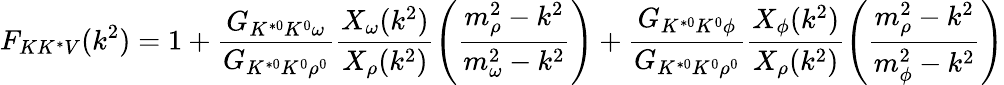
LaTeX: F_{KK^{*}V}(k^{2})=1+{\frac{G_{K^{*0}K^{0}\omega}}{G_{K^{*0}K^{0}\rho^{0}}}}{\frac{X_{\omega}(k^{2})}{X_{\rho}(k^{2})}}\Biggl({\frac{m_{\rho}^{2}-k^{2}}{m_{\omega}^{2}-k^{2}}}\Biggr)+{\frac{G_{K^{*0}K^{0}\phi}}{G_{K^{*0}K^{0}\rho^{0}}}}{\frac{X_{\phi}(k^{2})}{X_{\rho}(k^{2})}}\Biggl({\frac{m_{\rho}^{2}-k^{2}}{m_{\phi}^{2}-k^{2}}}\Biggr)